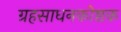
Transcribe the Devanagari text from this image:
ग्रहसाधनकोष्ठक